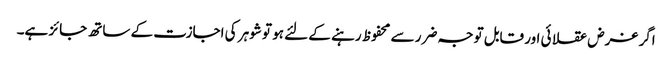
اگر غرض عقلا ئی اور قابل توجہ ضرر سے محفوظ رہنے کے لئے ہو تو شوہر کی اجازت کے ساتھ جائز ہے۔